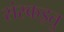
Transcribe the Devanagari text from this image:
संस्कइतु